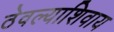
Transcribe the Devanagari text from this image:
ठेवल्याशिवाय